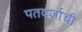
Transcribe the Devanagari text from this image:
पतदर्जाची